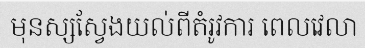
មុនស្សស្វែងយល់ពីតំរូវការ ពេលវេលា